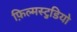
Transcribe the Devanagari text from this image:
फ़िल्मस्टुडियो